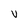
Character: V